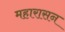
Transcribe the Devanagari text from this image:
महारासन